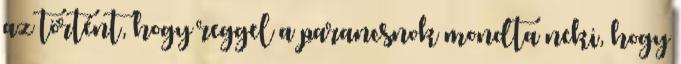
az történt, hogy reggel a parancsnok mondta neki, hogy